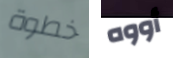
خطوة أووه